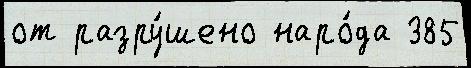
от разру́шено наро́да 385